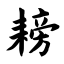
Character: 耪